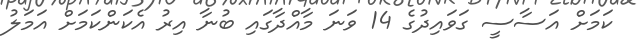
ކަމަށް އަސާސީ ގަވައިދުގެ 14 ވަނަ މާއްދާގައި ބުނާ އިރު އެކަންކަމަށް އަމަލު